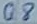
Text: Q8